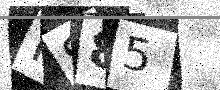
Text: PS85